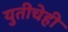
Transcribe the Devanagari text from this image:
युतीचेही